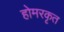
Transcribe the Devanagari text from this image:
होमरकृत